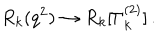
R _ { k } ( q ^ { 2 } ) \to R _ { k } [ \Gamma _ { k } ^ { ( 2 ) } ] \, .